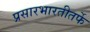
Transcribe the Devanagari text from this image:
प्रसारभारतीतर्फे